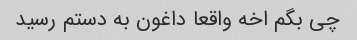
چی بگم اخه واقعا داغون به دستم رسید